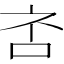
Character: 𪠹